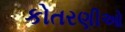
કોતરણીઓ